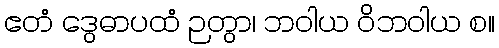
ဧတံ ဒွေဓာပထံ ဉတွာ၊ ဘဝါယ ဝိဘဝါယ စ။